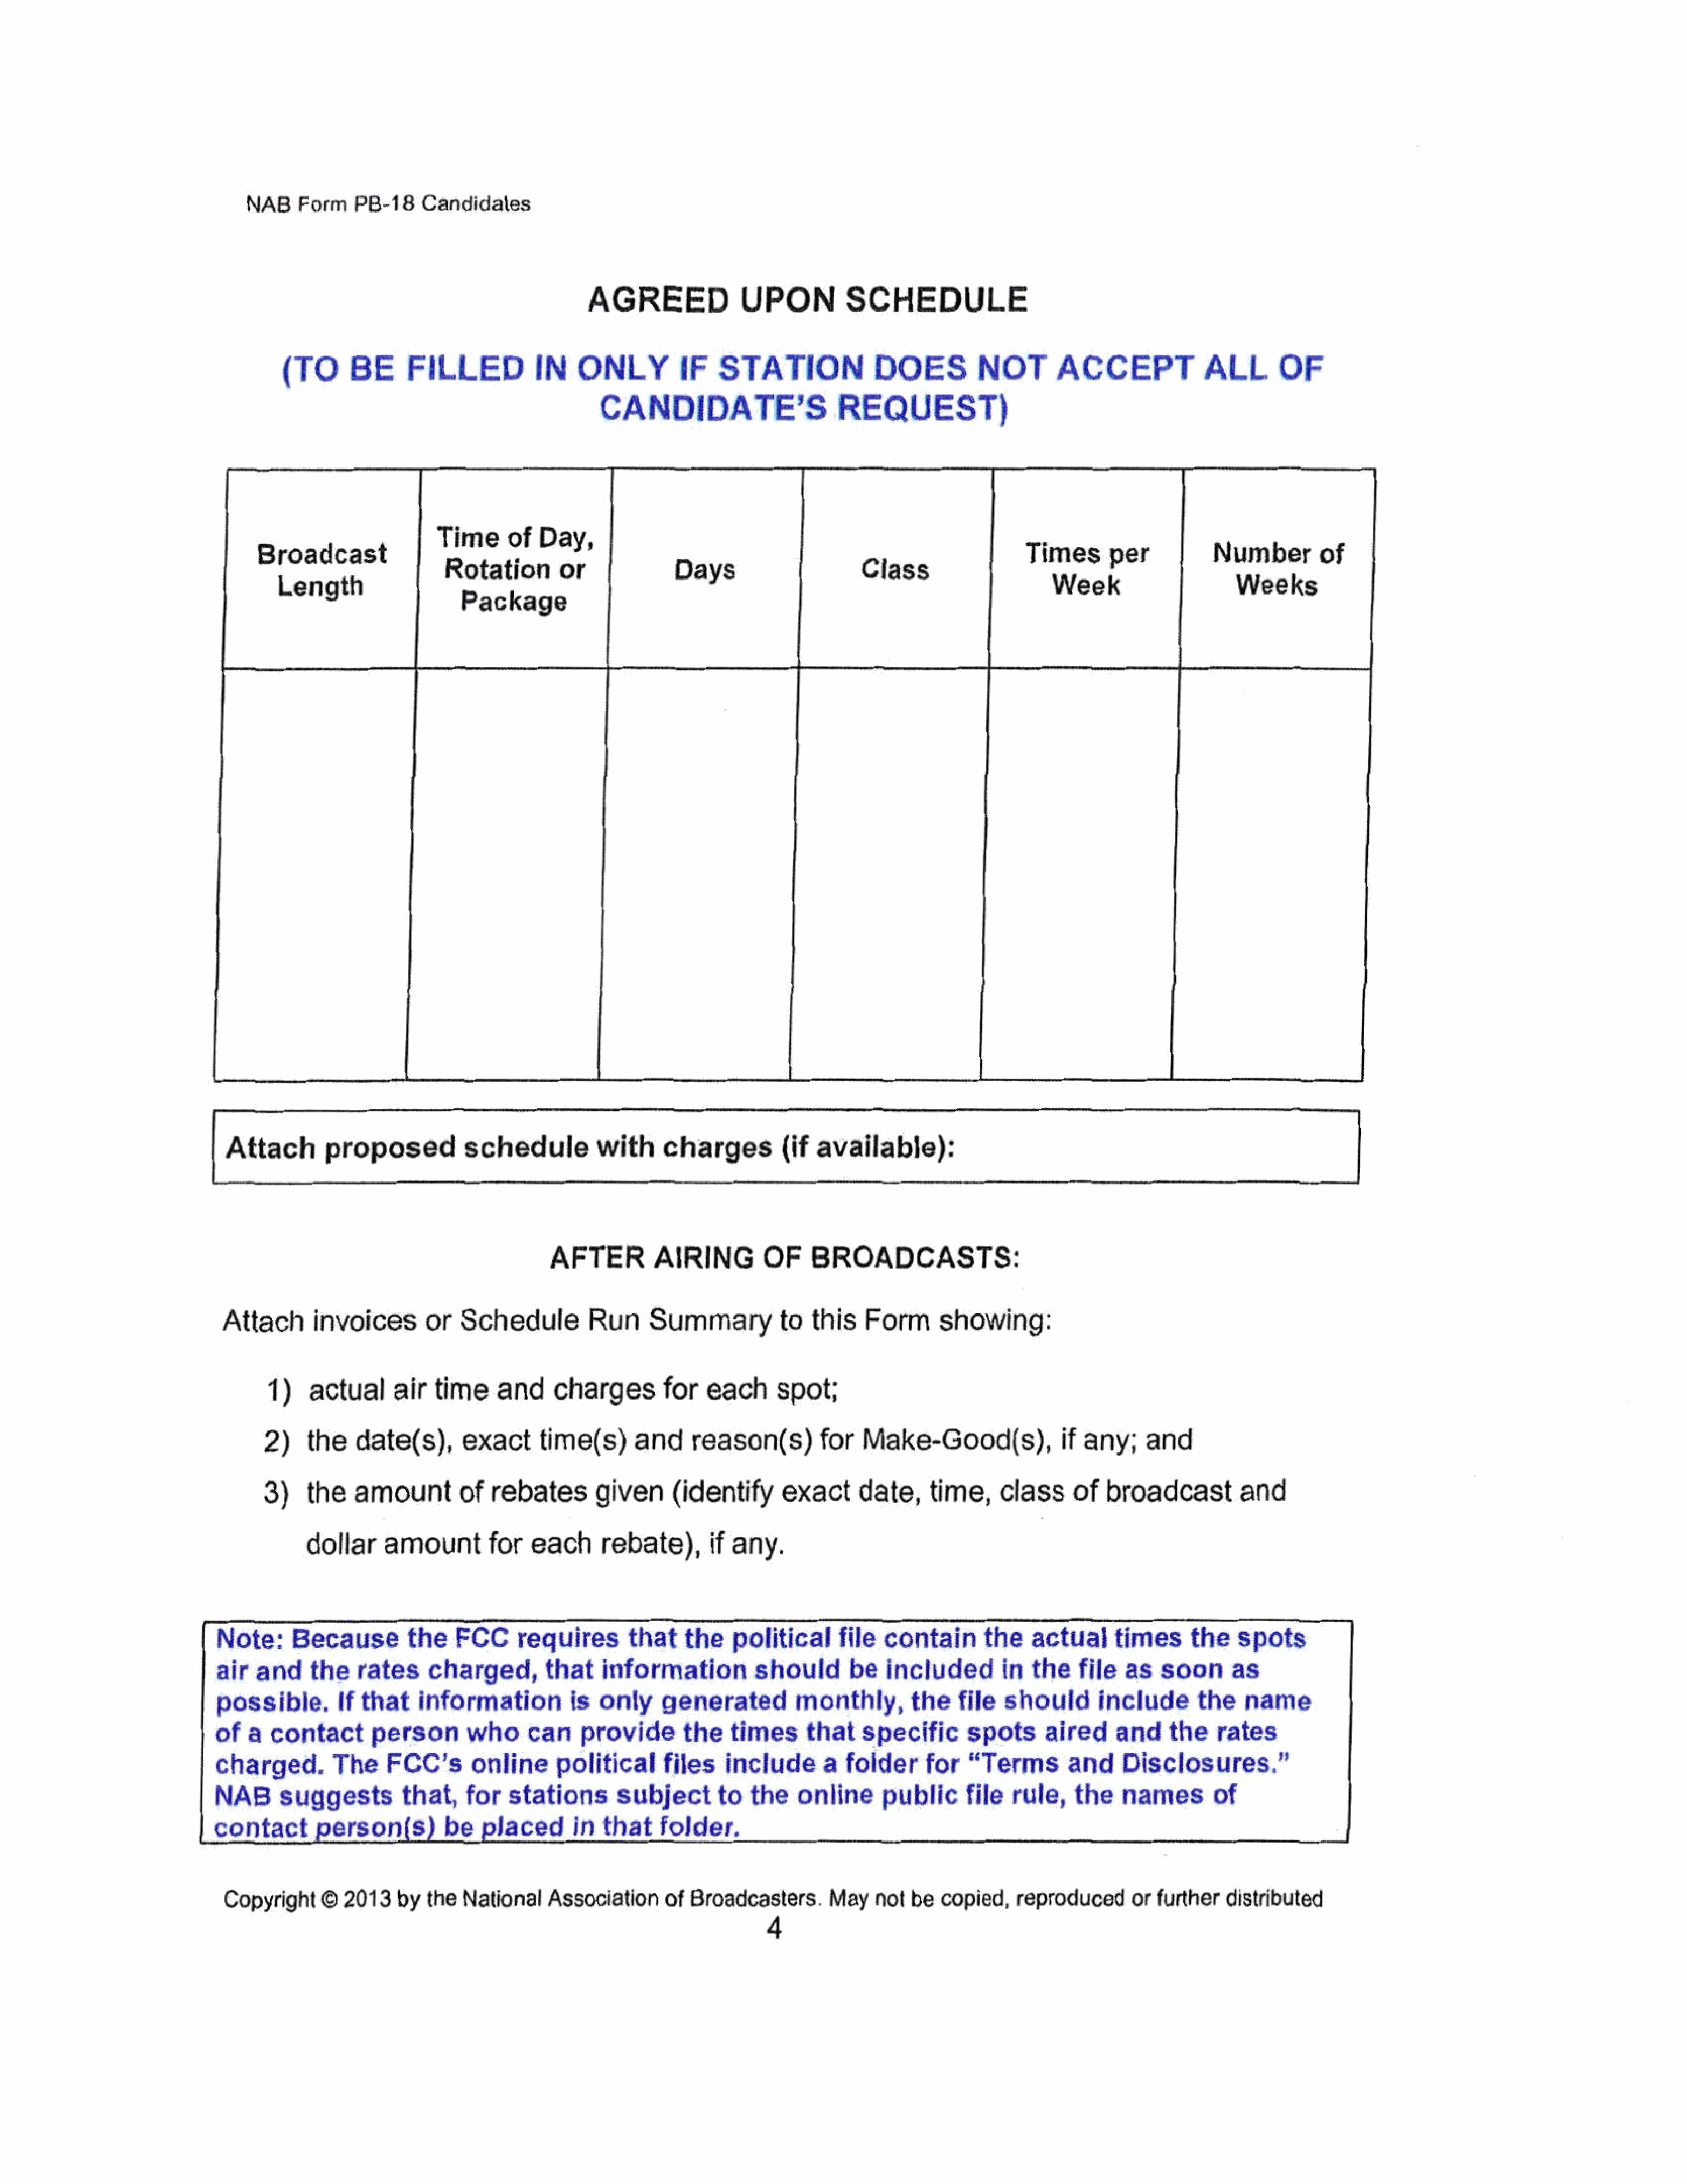
NAB     Form    PB-18    Candidates
 AGREED                UPON           SCHEDULE
 (TO       BE      FILLED             IN    ONLY          IF    STATION               DOES           NOT        ACCEPT           ALL            OF
 CANDIDATE’S                       REQUEST)
 3
 Time   of      Day,
 Broadcast                                                                                                     a          i?
 aoeof
 Rotation        or
 Length
 Package
 Attach         proposed           schedule           with      charges(if            available):
 AFTER         AIRING          OF     BROADCASTS:
 Attach       invoices        or   Schedule          Run      Summary            to  this    Form      showing:
 1)    actual      air   time     and     chargesfor            each      spot;
 2)    the    date(s),       exact      time(s)       and     reason(s)         for   Make-Good(s),                if any;     and
 3)    the    amountof           rebates        given      (identify       exact      date,     time,     class     of   broadcast          and
 dollar     amount         for   each      rebate),     if    any.
 Note:      Because         the    FCC      requires        that    the    politi   cal   file  contain        the    actual     times      the    spots
 air   and    the    rates     charged,         that    information           should       be    includedin           the   file   as   soon      as
 possible.If          that    information           is  only     generated          monthly,       the     file   should       include       the    name
 of   a  contact       person        who      can providethe              times      that    specific       spots       aired     and    the    rates
 charged.         The    FCC’sonline              political    files      include       a  folder     for   “Terms         and    Disclosures,”
 NAB      suggests         that,     for   stations       subject        to  the    online      publicfile         rule,    the   names         of
 contact          person(s)       be     placedin       that    folder.
 Copyright     ©  2013    by  the  National    Association      of  Broadcasters.       May   not  be  copied,    reproducedorfurtherdistributed
 4